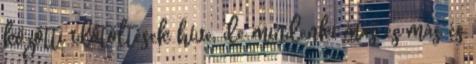
közötti idõtöltések híve, de mindenki más és más és